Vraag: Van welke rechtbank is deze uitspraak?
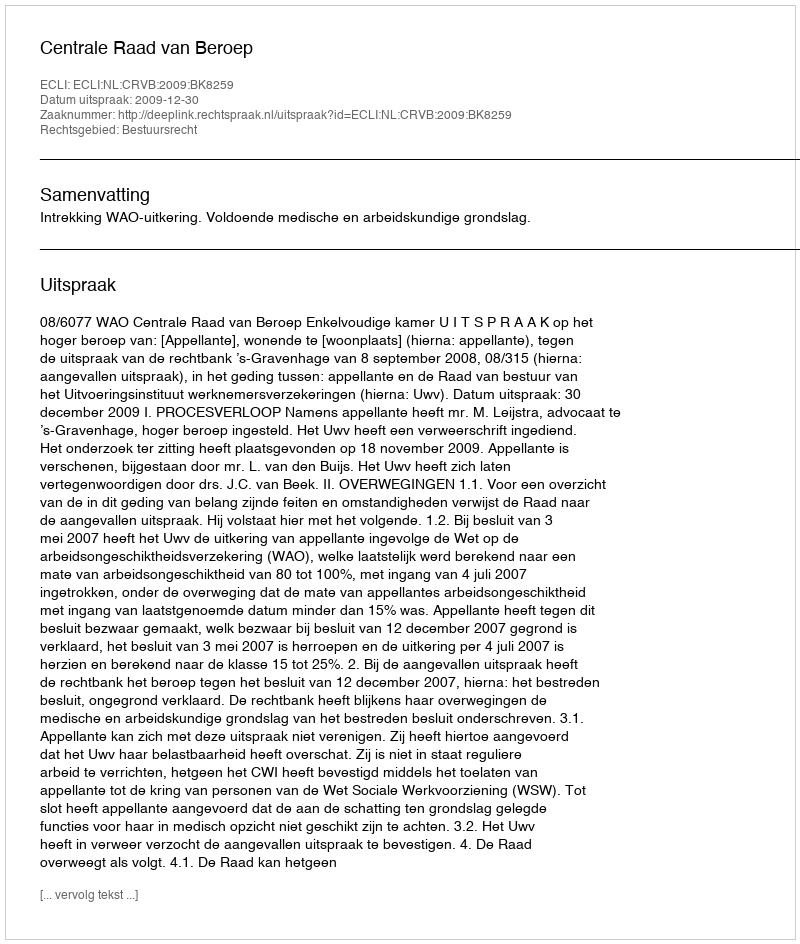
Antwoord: Centrale Raad van Beroep